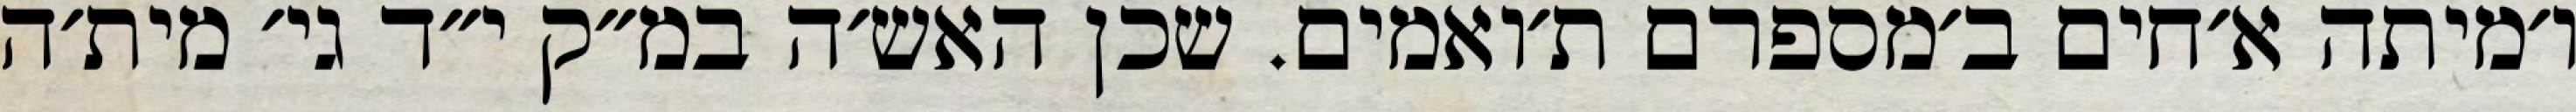
ו׳מיתה א׳חים ב׳מספרם ת׳ואמים. שכן האש׳ה במ״ק י״ד גי׳ מית׳ה